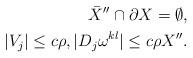
LaTeX: \begin{align*}\bar{X}''\cap\partial X=\emptyset,\\|V_j|\le c\rho ,|D_j\omega ^{kl}|\le c\rho X''.\end{align*}